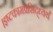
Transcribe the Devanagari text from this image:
।इष्टकामप्रसिद्ध्यर्थं